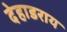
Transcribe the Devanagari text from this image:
देहाडराय